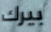
بيرك